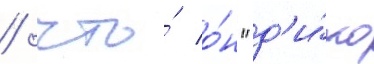
/ что́ о́н "д'и́ко